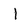
Character: l